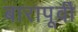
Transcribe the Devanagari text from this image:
बारापूर्वी